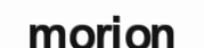
morion